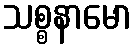
သစ္စနာမော